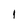
Character: 1